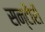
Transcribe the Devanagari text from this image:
सन्टौरी